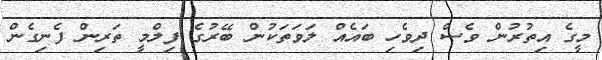
މީގެ އިތުރުން ވެސް ދިވެހި ބައެއް ލަވަތަކުން ބޭރުގެ ފިލްމީ ތަރިން ފެނިގެން